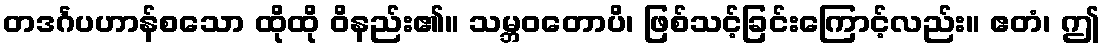
တဒင်္ဂပဟာန်စသော ထိုထို ဝိနည်း၏။ သမ္ဘဝတောပိ၊ ဖြစ်သင့်ခြင်းကြောင့်လည်း။ ဧတံ၊ ဤ